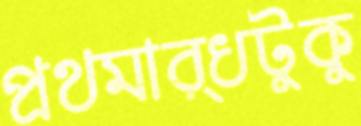
প্রথমার্ধটুকু